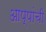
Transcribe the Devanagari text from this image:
आप्पांची